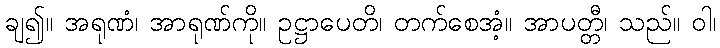
ချ၍။ အရုဏံ၊ အာရုဏ်ကို။ ဥဋ္ဌာပေတိ၊ တက်စေအံ့။ အာပတ္တီ၊ သည်။ ဝါ၊